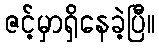
ဇင့်မှာရှိနေခဲ့ပြီ။